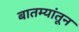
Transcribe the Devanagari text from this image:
बातम्यांतून